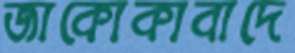
জাকোকাবাদে